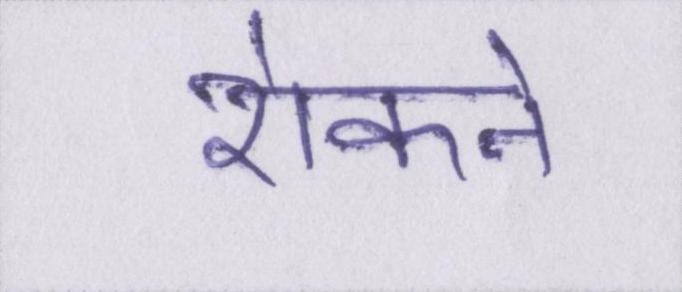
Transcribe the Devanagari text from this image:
रोकने